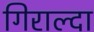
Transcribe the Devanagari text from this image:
गिराल्दा